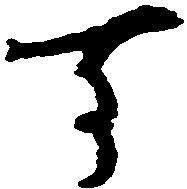
す